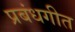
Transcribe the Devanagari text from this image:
प्रबंधगीत